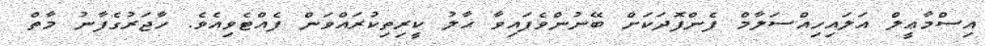
އިސްމާޢީލް އަލައިހިއްސަލާމް ފެންފޮދަކަށް ބޭނުންވެފައިވާ ޙާލު ކީރިތިކުރައްވަން ފެއްޓެވިއެވެ. ހާޖަރުގެފާނު މާތް